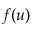
f ( u )